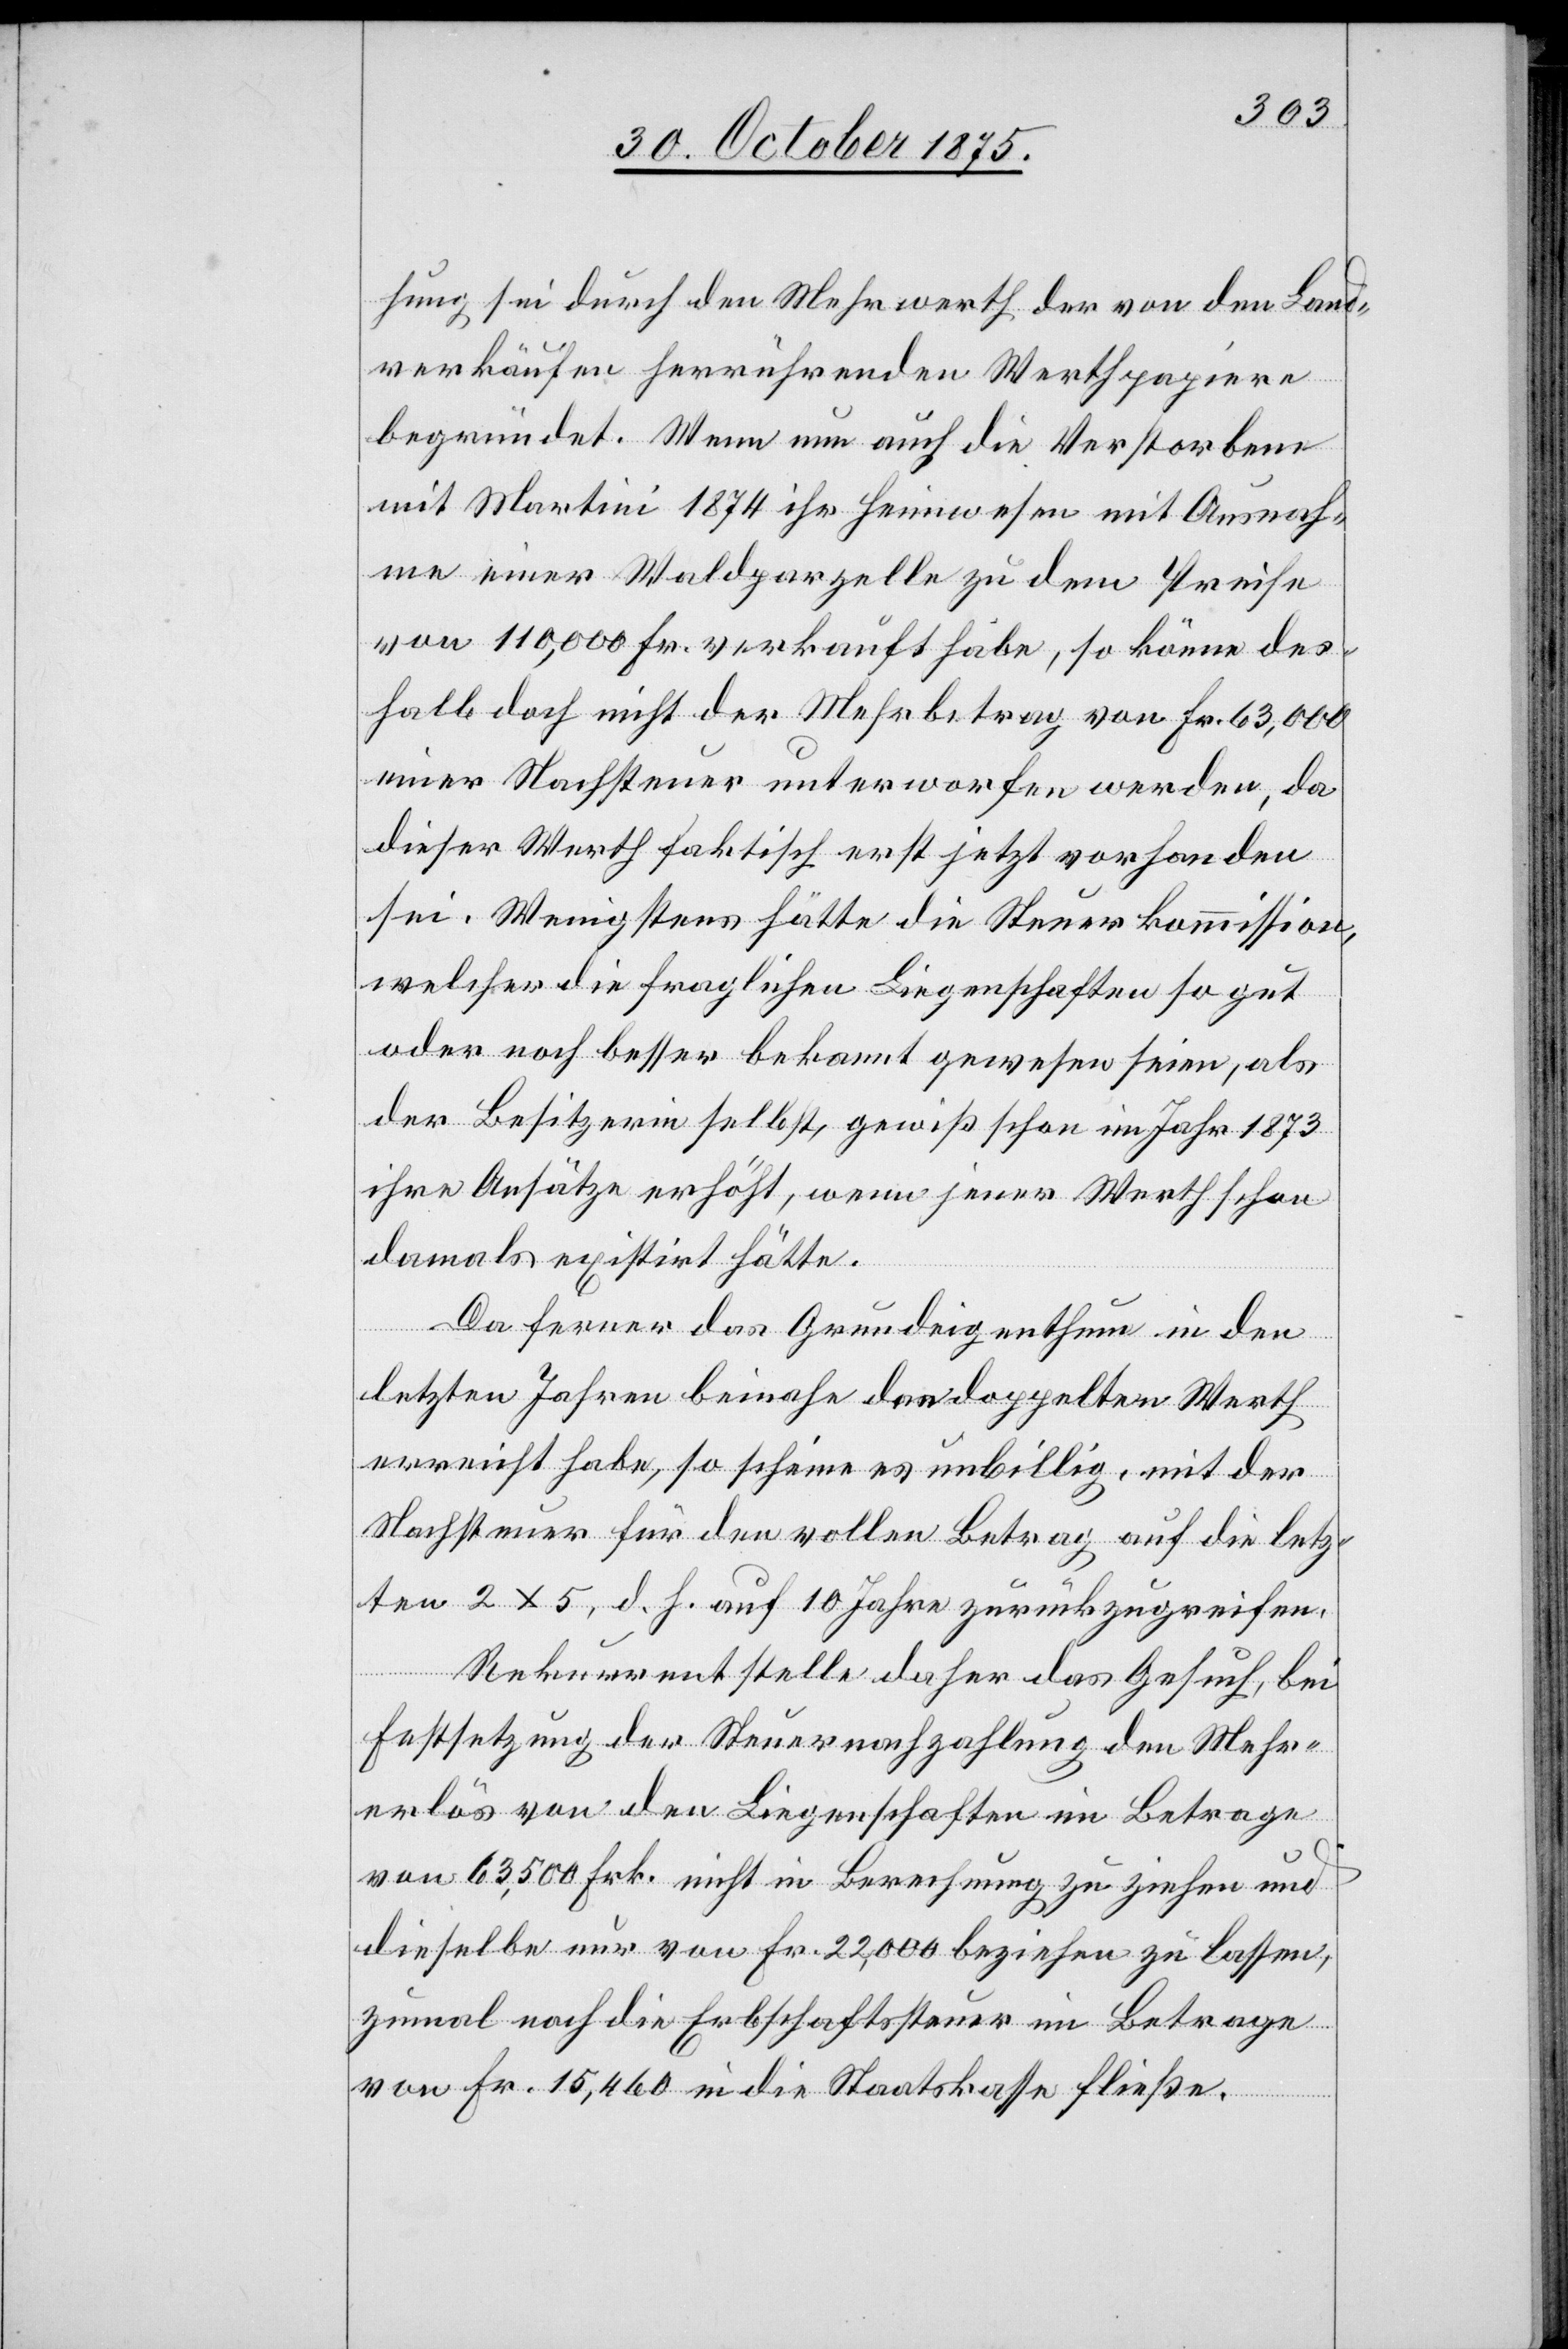
hung sei durch den Mehrwerth der von den Land¬
verkäufen herrührenden Werthpapiere
begründet. Wenn nun auch die Verstorbene
mit Martini 1874 ihr Heimwesen mit Ausnah¬
me einer Waldparzelle zu dem Preise
von 110,000 Fr. verkauft habe, so könne des¬
halb doch nicht der Mehrbetrag von Fr. 63,000
einer Nachsteuer unterworfen werden, da
dieser Werth faktisch erst jetzt vorhanden
sei. Wenigstens hätte die Steuerkommission,
welcher die fraglichen Liegenschaften so gut
oder noch besser bekannt gewesen seien, als
der Besitzerin selbst, gewiß schon im Jahr 1873
ihre Ansätze erhöht, wenn jener Werth schon
damals existirt hätte.
Da ferner das Grundeigenthum in den
letzten Jahren beinahe den doppelten Werth
erreicht habe, so scheine es unbillig, mit der
Nachsteuer für den vollen Betrag auf die letz¬
ten 2x5, d. h. auf 10 Jahre zurückzugreifen.
Rekurrent stelle daher das Gesuch, bei
Festsetzung der Steuernachzahlung den Mehr¬
erlös von den Liegenschaften im Betrage
von 63,500 Frk. nicht in Berechnung zu ziehen und
dieselbe nur von Fr. 22,000 beziehen zu lassen,
zumal noch die Erbschaftssteuer im Betrage
von Fr. 15,460 in die Staatskasse fließe.